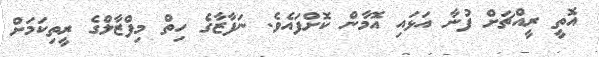
އޮތީ ރީއްޗަށް ފުނާ އަޅައި އޮމާން ކޮށްފައެވެ. ނަފާޒާގެ ހިތް މިފްޒާލްގެ ރީތިކަމަށް